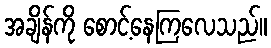
အချိန်ကို စောင့်နေကြလေသည်။